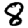
Digit: 8